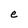
Character: e